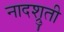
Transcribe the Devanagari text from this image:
नादश्रुती